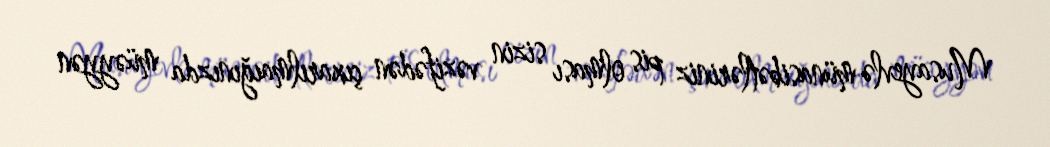
Musayevlə münasibətləriniz pis olması sizin vəzifədən çıxarılmaığınızda müəyyən